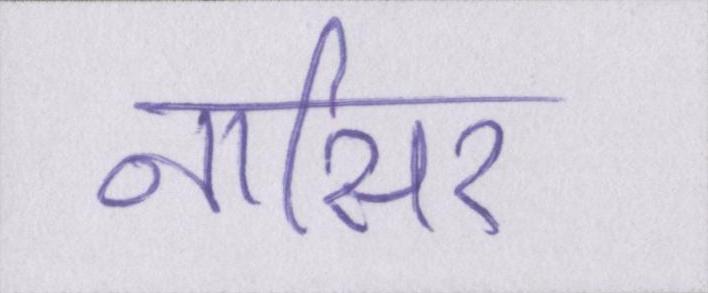
नासिर